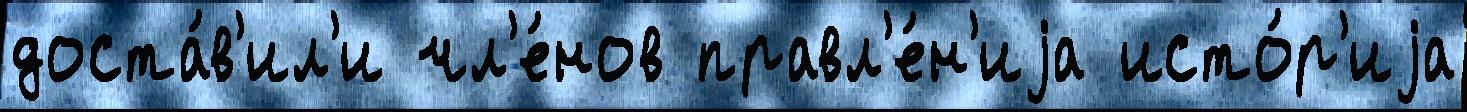
доста́в'ил'и чл'е́нов правл'е́н'иjа исто́р'иjа